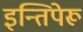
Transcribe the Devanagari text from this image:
इन्तिपेरू